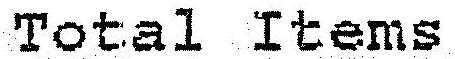
TOTAL ITEMS